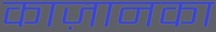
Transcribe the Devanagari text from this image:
काज़ानका